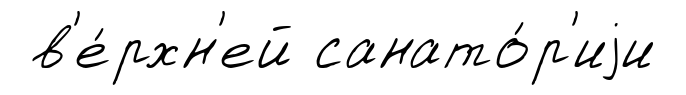
в'е́рхн'ей санато́р'иjи